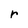
Character: r